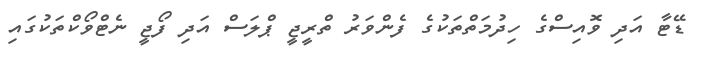
ޑޭޓާ އަދި ވޮއިސްގެ ހިދުމަތްތަކުގެ ފެންވަރު ތްރީޖީ ޕްލަސް އަދި ފޯޖީ ނެޓްވޯކްތަކުގައި